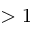
> 1